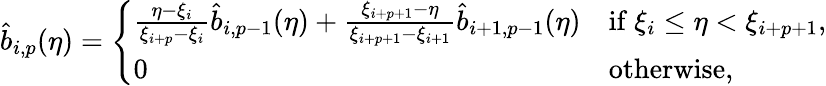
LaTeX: \begin{array}{r}{\widehat{b}_{i,p}(\eta)=\left\{ \begin{array}{ll}{\frac{\eta-\xi_{i}}{\xi_{i+p}-\xi_{i}}\widehat{b}_{i,p-1}(\eta)+\frac{\xi_{i+p+1}-\eta}{\xi_{i+p+1}-\xi_{i+1}}\widehat{b}_{i+1,p-1}(\eta)}&{{\mathrm{if~}}\xi_{i}\leq\eta<\xi_{i+p+1},}\\ {0}&{\mathrm{otherwise},}\end{array}\right.}\end{array}